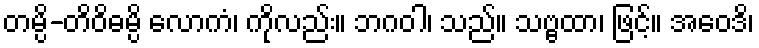
တမ္ပိ-တိဝိဓမ္ပိ လောကံ၊ ကိုလည်း။ ဘဂဝါ၊ သည်။ သဗ္ဗထာ၊ ဖြင့်။ အဝေဒိ၊